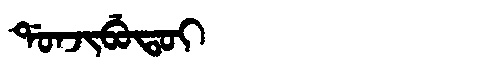
Manchu: ᡩᠣᠨᠵᡳᠪᡠᡨᠣᡳ
Romanization: DONJIBUTOI